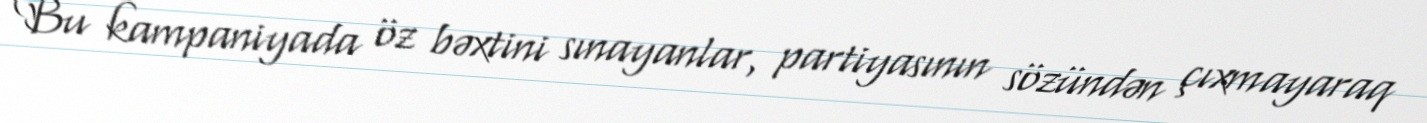
Bu kampaniyada öz bəxtini sınayanlar, partiyasının sözündən çıxmayaraq